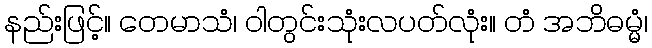
နည်းဖြင့်။ တေမာသံ၊ ဝါတွင်းသုံးလပတ်လုံး။ တံ အဘိဓမ္မံ၊